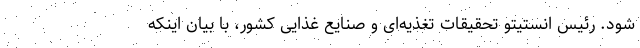
شود. رئیس انستیتو تحقیقات تغذیه‌ای و صنایع غذایی کشور، با بیان اینکه